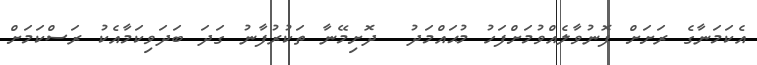
އެކަމަނާގެ ރަށަށް ފޮނުވާލެއްވުމަށްފަހު މުޙައްމަދު  ދޮށިމޭނާ ތަކުރުފާނު ގަދަ ބަދަވިކަމާއެކު ރަސްކަމަށް